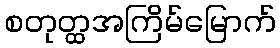
စတုတ္ထအကြိမ်မြောက်